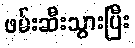
ဖမ်းဆီးသွားပြီး